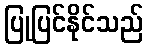
ပြုပြင်နိုင်သည်